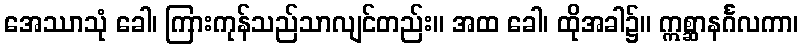
အေဿာသုံ ခေါ၊ ကြားကုန်သည်သာလျင်တည်း။ အထ ခေါ၊ ထိုအခါ၌။ ဣစ္ဆာနင်္ဂလကာ၊